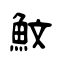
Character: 魰